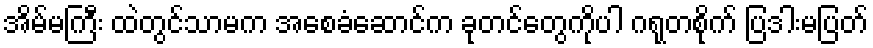
အိမ်မကြီး ထဲတွင်သာမက အစေခံဆောင်က ခုတင်တွေကိုပါ ဂရုတစိုက် ပြဒါးမပြတ်